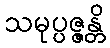
သမုပ္ပဇ္ဇန္တိ